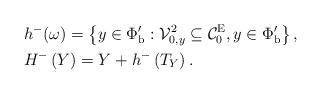
LaTeX: \begin{align*}&h^-(\omega) = \left\{y \in \Phi_{\mathrm{b}}': \mathcal{V}_{0, y}^2 \subseteq \mathcal{C}_0^{\mathrm{E}}, y \in \Phi_{\mathrm{b}}' \right\},\\&H^-\left( Y \right) = Y + h^-\left( T_Y \right).\end{align*}